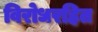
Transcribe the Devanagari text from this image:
विरोधरहित